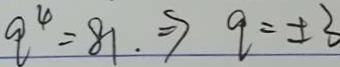
q ^ { 4 } = 8 1 . \Rightarrow q = \pm 3